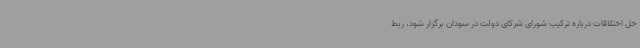
حل اختلافات درباره ترکیب شورای شرکای دولت در سودان برگزار شود، ربط